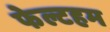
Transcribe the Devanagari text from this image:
फेल्टहम